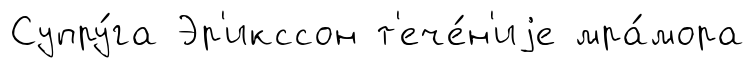
Супру́га Эр'икссон т'ече́н'иjе мра́мора